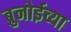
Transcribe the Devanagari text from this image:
ब्रुनोईच्या